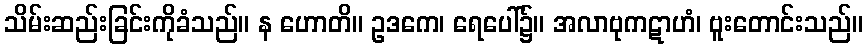
သိမ်းဆည်းခြင်းကိုခံသည်။ န ဟောတိ။ ဥဒကေ၊ ရေပေါ်၌။ အလာဗုကဋာဟံ၊ ဗူးတောင်းသည်။